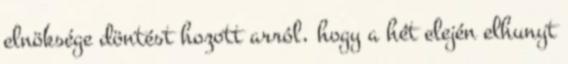
elnöksége döntést hozott arról, hogy a hét elején elhunyt